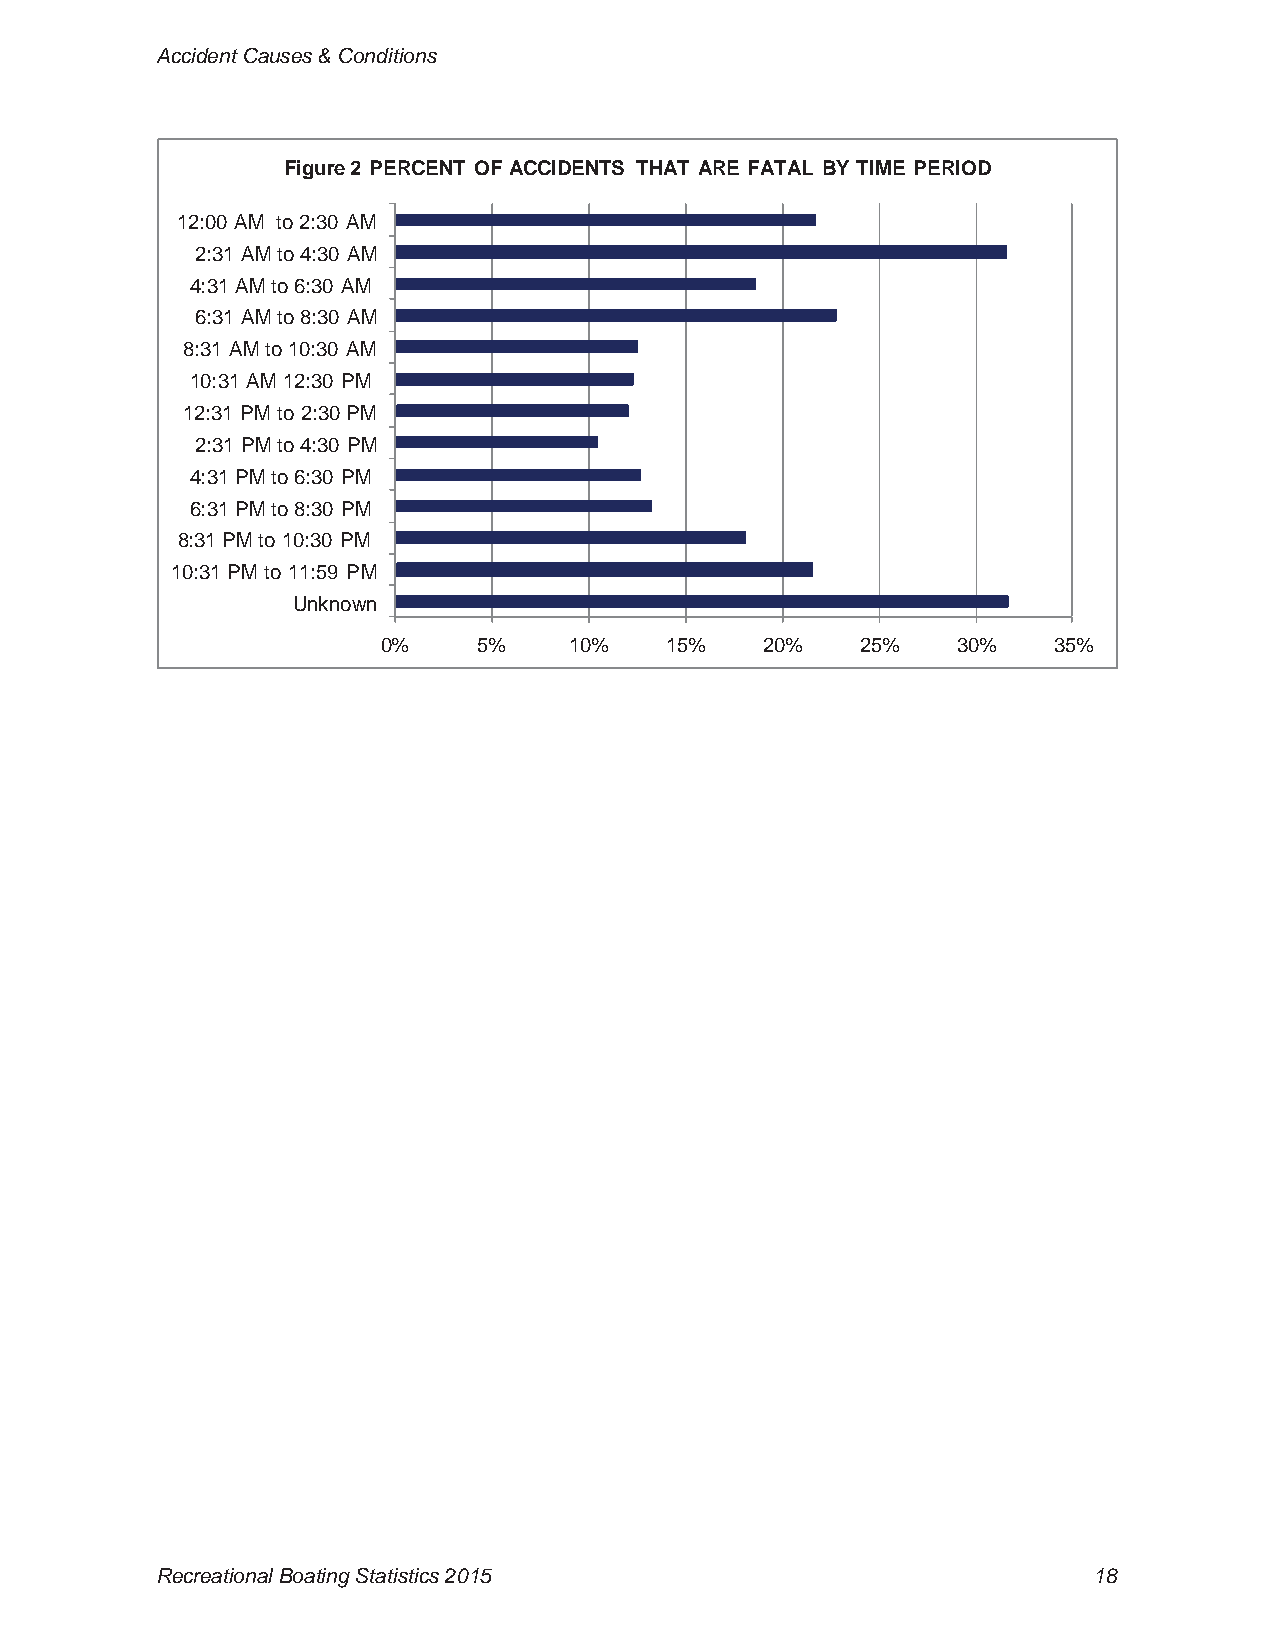
Accident Causes & Conditions
 Figure 2 PERCENT OF ACCIDENTS THAT ARE FATAL BY TIME PERIOD
 12:00 AM to 2:30 AM
 2:31 AM to 4:30 AM
 4:31 AM to 6:30 AM
 6:31 AM to 8:30 AM
 8:31 AM to 10:30 AM
 10:31 AM 12:30 PM
 12:31 PM to 2:30 PM
 2:31 PM to 4:30 PM
 4:31 PM to 6:30 PM
 6:31 PM to 8:30 PM
 8:31 PM to 10:30 PM
 10:31 PM to 11:59 PM
 Unknown
 0%     5%    10%   15%    20%   25%   30%    35%
 Recreational Boating Statistics 2015                          18